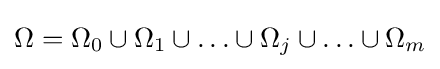
\Omega =\Omega _{0}\cup \Omega _{1}\cup \ldots \cup \Omega _{j}\cup \ldots \cup \Omega _{m}